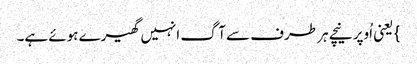
} یعنی اُوپر نیچے ہر طرف سے آگ انہیں گھیرے ہوئے ہے۔